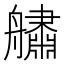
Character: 𦪲